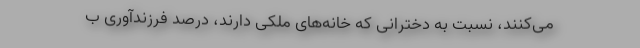
می‌کنند، نسبت به دخترانی که خانه‌های ملکی دارند، درصد فرزندآوری ب